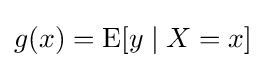
g(x)=\operatorname {E} [y\mid X=x]